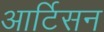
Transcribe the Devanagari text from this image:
आर्टिसन